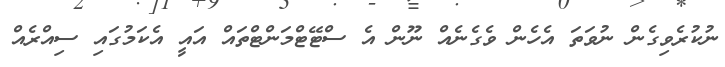
ނުކުރެވިގެން ނުވަތަ އެހެން ވެގެނެއް ނޫން އެ ސްޓޭޓްމަންޓްތައް އައީ އެކަމުގައި ސިއްރެއް